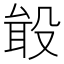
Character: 𪵎